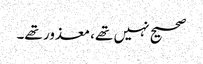
صحیح نہیں تھے، معذور تھے۔